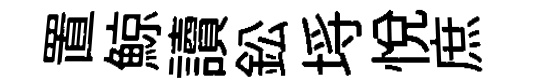
置鯨讀鈆埓悦庶